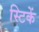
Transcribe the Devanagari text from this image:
स्टिकें